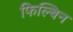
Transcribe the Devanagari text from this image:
फिल्बिन